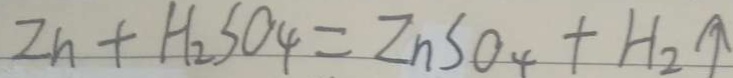
Z n + H _ { 2 } S O _ { 4 } = Z n S O _ { 4 } + H _ { 2 } \uparrow